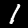
Label: 1